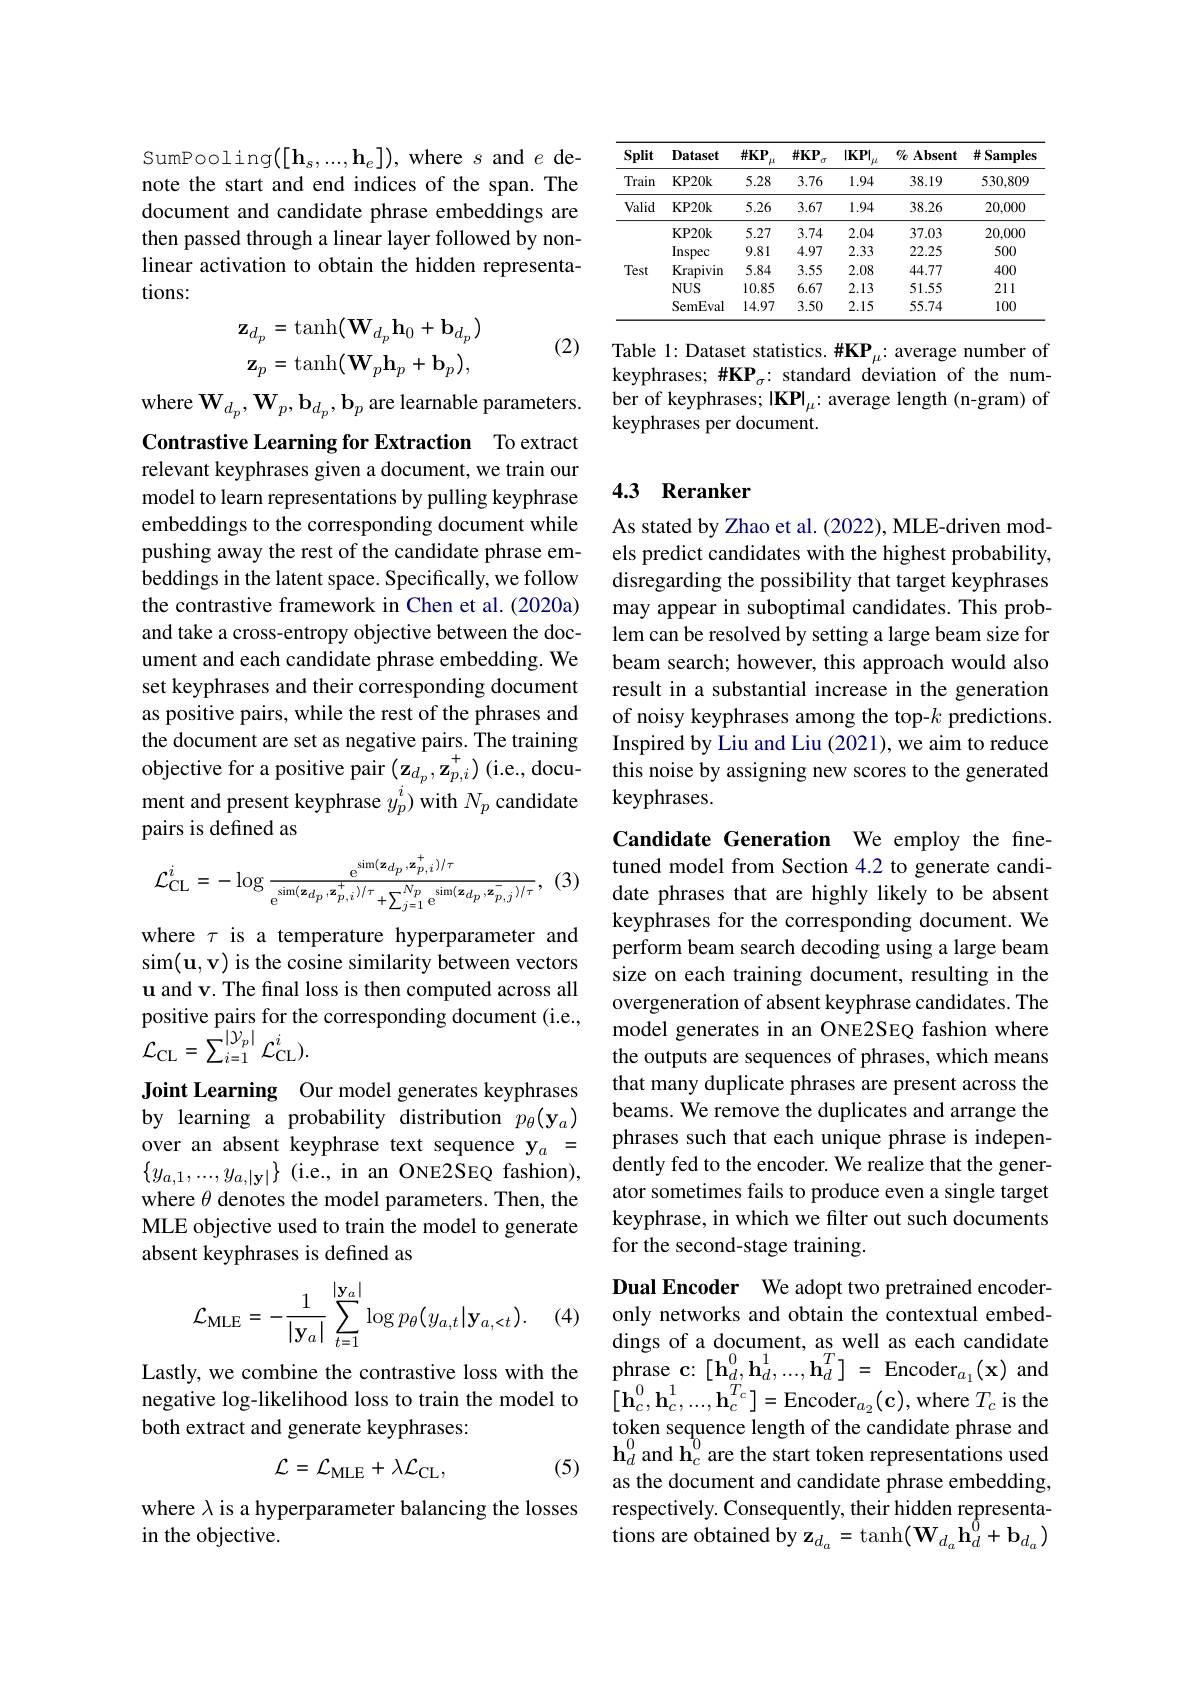
SumPooling$([\mathbf{h}_{s},...,\mathbf{h}_{e}])$,where $s$ and $e$ denote the start and end indices of the span. The document and candidate phrase embeddings are then passed through a linear layer followed by nonlinear activation to obtain the hidden representations:
$$\mathbf{z}_{d_{p}}=\mathrm{tanh}(\mathbf{W}_{d_{p}}\mathbf{h}_{0}+\mathbf{b}_{d_{p}})\\\mathbf{z}_{p}=\mathrm{tanh}(\mathbf{W}_{p}\mathbf{h}_{p}+\mathbf{b}_{p}),$$
(2)

where $\mathbf{W}_{d_{p}},\mathbf{W}_{p},\mathbf{b}_{d_{p}},\mathbf{b}_{p}$ are learnable parameters. Contrastive Learning for Extraction To extract relevant keyphrases given a document, we train our model to learn representations by pulling keyphrase embeddings to the corresponding document while pushing away the rest of the candidate phrase embeddings in the latent space. Specifically, we follow the contrastive framework in Chen et al.(2020a) and take a cross-entropy objective between the document and each candidate phrase embedding. We set keyphrases and their corresponding document as positive pairs, while the rest of the phrases and the document are set as negative pairs. The training objective for a positive pair $(\mathbf{z}_{d_p},\mathbf{z}_{p,i}^{+})$ (i.e., document and present keyphrase $y_p^i)$ with $N_p$ candidate pairs is defined as
$$\mathcal{L}_{\mathrm{CL}}^{i}=-\log\frac{\mathrm{e}^{\sin(\mathbf{z}_{d_{p}},\mathbf{z}_{p,i}^{+})/\tau}}{\mathrm{e}^{\sin(\mathbf{z}_{d_{p}},\mathbf{z}_{p,i}^{+})/\tau}+\sum_{j=1}^{N_{p}}\mathrm{e}^{\sin(\mathbf{z}_{d_{p}},\mathbf{z}_{p,j}^{-})/\tau}},$$
where $\tau$ is a temperature hyperparameter and sim(u,v) is the cosine similarity between vectors u and v. The final loss is then computed across all positive pairs for the corresponding document ( i. e. , $\mathcal{L}_{\mathrm{CL}}=\sum_{i=1}^{|\mathcal{Y}_{p}|}\mathcal{L}_{\mathrm{CL}}^{i}).$

Joint Learning Our model generates keyphrases by learning a probability distribution $p_\theta(\mathbf{y}_a)$ over an absent keyphrase text sequence $\mathbf{y}_{a}=$ $\{y_{a,1},...,y_{a,|\mathbf{y}|}\}$(i.e., in an ONE2SEQ fashion), where $\theta$ denotes the model parameters. Then, the MLE objective used to train the model to generate absent keyphrases is defined as
$$\mathcal{L}_{\mathrm{MLE}}=-\frac{1}{|\mathbf{y}_{a}|}\sum_{t=1}^{|\mathbf{y}_{a}|}\log p_{\theta}(y_{a,t}|\mathbf{y}_{a,<t}).$$
(4)

Lastly, we combine the contrastive loss with the negative log-likelihood loss to train the model to both extract and generate keyphrases:
$$\mathcal{L}=\mathcal{L}_{\mathrm{MLE}}+\lambda\mathcal{L}_{\mathrm{CL}},$$
(5)

where $\lambda$ is a hyperparameter balancing the losses
in the objective.

<table>
	<tbody>
		<tr>
			<th>Split</th>
			<th>Dataset</th>
			<th>$\#KP$ $\mu$</th>
			<th>$\#KP$ T</th>
			<th>$|KP|$ $\mu$</th>
			<th>$\psi_{0}$ Absent</th>
			<th>$\#$Samples</th>
		</tr>
		<tr>
			<td>Train</td>
			<td>KP20k</td>
			<td>5.28</td>
			<td>3.76</td>
			<td>1.94</td>
			<td>38.19</td>
			<td>530,809</td>
		</tr>
		<tr>
			<td>Valid</td>
			<td>KP20k</td>
			<td>5.26</td>
			<td>3.67</td>
			<td>1.94</td>
			<td>38.26</td>
			<td>20,000</td>
		</tr>
		<tr>
			<td rowspan="5">Test</td>
			<td>KP20k</td>
			<td>5.27</td>
			<td>3.74</td>
			<td>2.04</td>
			<td>37.03</td>
			<td>20,000</td>
		</tr>
		<tr>
			<td>Inspec</td>
			<td>9.81</td>
			<td>4.97</td>
			<td>2.33</td>
			<td>22.25</td>
			<td>500</td>
		</tr>
		<tr>
			<td>Krapivin</td>
			<td>5.84</td>
			<td>3.55</td>
			<td>2.08</td>
			<td>44.77</td>
			<td>400</td>
		</tr>
		<tr>
			<td>$NUS$</td>
			<td>10.85</td>
			<td>6.67</td>
			<td>2.13</td>
			<td>51.55</td>
			<td>211</td>
		</tr>
		<tr>
			<td>SemEval</td>
			<td>14.97</td>
			<td>3.50</td>
			<td>2.15</td>
			<td>55.74</td>
			<td>100</td>
		</tr>
	</tbody>
</table>

Table 1: Dataset statistics. #KP$_\mu:$ average number of keyphrases; #KP$_\sigma:$ standard deviation of the number of keyphrases; |KP|$_\mu{:}$ average length (n-gram) of keyphrases per document.

## 4.3 Reranker

As stated by Zhao et al. (2022), MLE-driven models predict candidates with the highest probability, disregarding the possibility that target keyphrases may appear in suboptimal candidates. This problem can be resolved by setting a large beam size for beam search; however, this approach would also result in a substantial increase in the generation of noisy keyphrases among the top-$k$ predictions. Inspired by Liu and Liu (2021), we aim to reduce this noise by assigning new scores to the generated keyphrases.

Candidate Generation We employ the finetuned model from Section 4.2 to generate candidate phrases that are highly likely to be absent keyphrases for the corresponding document. We perform beam search decoding using a large beam size on each training document, resulting in the overgeneration of absent keyphrase candidates. The model generates in an ONE2SEQ fashion where the outputs are sequences of phrases, which means that many duplicate phrases are present across the beams. We remove the duplicates and arrange the phrases such that each unique phrase is independently fed to the encoder. We realize that the generator sometimes fails to produce even a single target keyphrase, in which we filter out such documents for the second-stage training.

Dual Encoder We adopt two pretrained encoderonly networks and obtain the contextual embeddings of a document, as well as each candidate phrase c: [ $h_{d}^{0}$, $h_{d}^{1}$, . . . , $h_{d}^{T}$] = Encode$r_{a_{1}}$( x) and $[\mathbf{h}_{c}^{0},\mathbf{h}_{c}^{1},...,\mathbf{h}_{c}^{T_{c}}]=$Encoder$_a_{2}(\mathbf{c})$,where$T_{c}$is the token sequence length of the candidate phrase and $\mathbf{h}_d^0$ and $\mathbf{h}_c^0$ are the start token representations used as the document and candidate phrase embedding, respectively. Consequently, their hidden representa- ${\mathrm{tions~are~obtained~by~z}_{d_{a}}}=\tanh(\mathbf{W}_{d_{a}}\mathbf{h}_{d}^{\dagger}+\mathbf{b}_{d_{a}})$